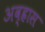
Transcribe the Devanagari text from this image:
अव्ह्रास